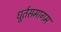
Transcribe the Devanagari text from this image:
धूर्तसमागम